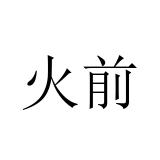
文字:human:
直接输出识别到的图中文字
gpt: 火前